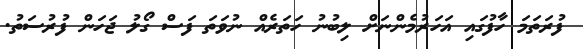
ފުރަތަމަ ހާފުގައި އަހަރުމެންނަށް ލިބުނު ހަތަރެއް ނުވަތަ ފަސް ގޯލު ޖަހަން ފުރުސަތު.